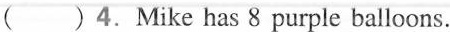
( )4. Mike has 8 purple balloons.